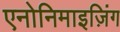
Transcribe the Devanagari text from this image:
एनोनिमाइज़िंग